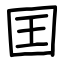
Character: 囯